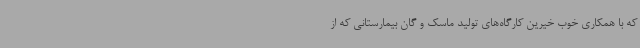
که با همکاری خوب خیرین کارگاه‌های تولید ماسک و گان بیمارستانی که از